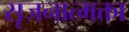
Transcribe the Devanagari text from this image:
सृजनात्मक्ता